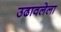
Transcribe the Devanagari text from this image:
उढावलेला